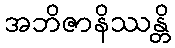
အဘိဇာနိဿန္တိ